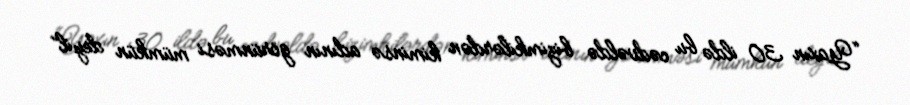
“Yaxın 30 ildə bu cədvəldə bizimkilərdən kiminsə adının görünməsi mümkün deyil”